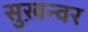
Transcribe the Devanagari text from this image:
सुख़न्वर